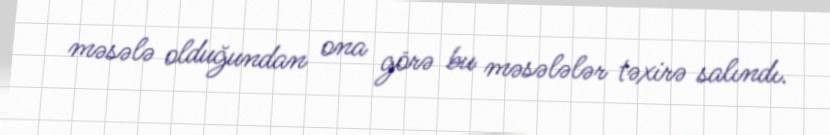
məsələ olduğundan ona görə bu məsələlər təxirə salındı.